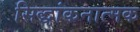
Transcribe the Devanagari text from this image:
सिद्धांकनात्मक